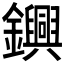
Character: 𨯵